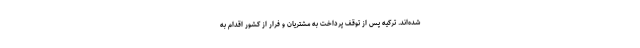
شده‌اند. ترکیه پس از توقف پرداخت به مشتریان و فرار از کشور اقدام به